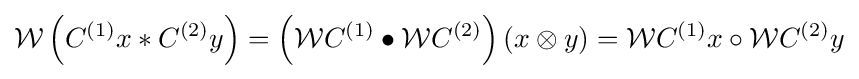
{\mathcal {W}}\left(C^{(1)}x\ast C^{(2)}y\right)=\left({\mathcal {W}}C^{(1)}\bullet {\mathcal {W}}C^{(2)}\right)(x\otimes y)={\mathcal {W}}C^{(1)}x\circ {\mathcal {W}}C^{(2)}y